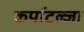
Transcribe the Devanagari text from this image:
कर्पाटल्जा